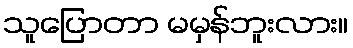
သူပြောတာ မမှန်ဘူးလား။